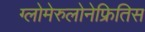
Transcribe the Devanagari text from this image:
ग्लोमेरुलोनेफ्रितिस